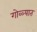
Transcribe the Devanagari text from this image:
गोळ्यात